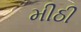
મીઠી